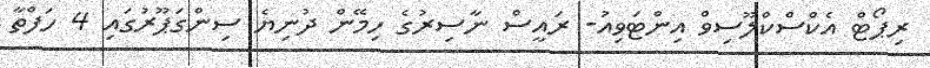
ރިޕޯޓް އެކްސްކްލޫސިވް އިންޓަވިއު- ރައީސް ނާސިރުގެ ހިމޭން ދުނިޔެ ސިންގަޕޫރުގައި 4 ހަފްތާ